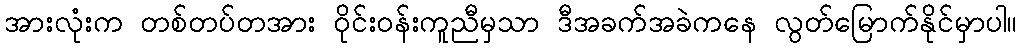
အားလုံးက တစ်တပ်တအား ဝိုင်းဝန်းကူညီမှသာ ဒီအခက်အခဲကနေ လွတ်မြောက်နိုင်မှာပါ။